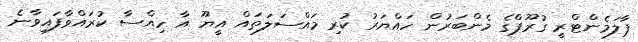
ޕާލަމެންޓްރީ ގުރޫޕްގެ މެންބަރުން ހައްޔަރު ކުރި މައްސަލަތައް އީޔޫ އާ ހިއްސާ ކުރައްވާފައިވާނެ